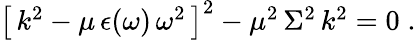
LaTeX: \begin{array}{r}{\left[\, k^{2}-\mu\, \epsilon(\omega)\, \omega^{2}\, \right]^{2}-\mu^{2}\, \Sigma^{2}\, k^{2}=0\; .}\end{array}